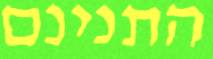
התנינם